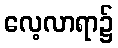
လေ့လာရာ၌